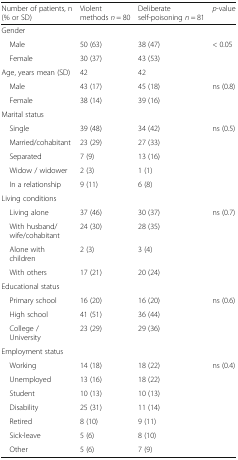
<table><thead><tr><td><b>Number of patients, n (% or SD)</b></td><td><b>Violent methods <i>n</i> = 80</b></td><td><b>Deliberate self-poisoning <i>n</i> = 81</b></td><td><b><i>p</i>-value</b></td></tr></thead><tbody><tr><td colspan="4">Gender</td></tr><tr><td> Male</td><td>50 (63)</td><td>38 (47)</td><td>&lt; 0.05</td></tr><tr><td> Female</td><td>30 (37)</td><td>43 (53)</td><td></td></tr><tr><td>Age, years mean (SD)</td><td>42</td><td>42</td><td></td></tr><tr><td> Male</td><td>43 (17)</td><td>45 (18)</td><td>ns (0.8)</td></tr><tr><td> Female</td><td>38 (14)</td><td>39 (16)</td><td></td></tr><tr><td colspan="4">Marital status</td></tr><tr><td> Single</td><td>39 (48)</td><td>34 (42)</td><td>ns (0.5)</td></tr><tr><td> Married/cohabitant</td><td>23 (29)</td><td>27 (33)</td><td></td></tr><tr><td> Separated</td><td>7 (9)</td><td>13 (16)</td><td></td></tr><tr><td> Widow / widower</td><td>2 (3)</td><td>1 (1)</td><td></td></tr><tr><td> In a relationship</td><td>9 (11)</td><td>6 (8)</td><td></td></tr><tr><td colspan="4">Living conditions</td></tr><tr><td> Living alone</td><td>37 (46)</td><td>30 (37)</td><td>ns (0.7)</td></tr><tr><td> With husband/wife/cohabitant</td><td>24 (30)</td><td>28 (35)</td><td></td></tr><tr><td> Alone with children</td><td>2 (3)</td><td>3 (4)</td><td></td></tr><tr><td> With others</td><td>17 (21)</td><td>20 (24)</td><td></td></tr><tr><td colspan="4">Educational status</td></tr><tr><td> Primary school</td><td>16 (20)</td><td>16 (20)</td><td>ns (0.6)</td></tr><tr><td> High school</td><td>41 (51)</td><td>36 (44)</td><td></td></tr><tr><td> College / University</td><td>23 (29)</td><td>29 (36)</td><td></td></tr><tr><td colspan="4">Employment status</td></tr><tr><td> Working</td><td>14 (18)</td><td>18 (22)</td><td>ns (0.4)</td></tr><tr><td> Unemployed</td><td>13 (16)</td><td>18 (22)</td><td></td></tr><tr><td> Student</td><td>10 (13)</td><td>10 (13)</td><td></td></tr><tr><td> Disability</td><td>25 (31)</td><td>11 (14)</td><td></td></tr><tr><td> Retired</td><td>8 (10)</td><td>9 (11)</td><td></td></tr><tr><td> Sick-leave</td><td>5 (6)</td><td>8 (10)</td><td></td></tr><tr><td> Other</td><td>5 (6)</td><td>7 (9)</td><td></td></tr></tbody></table>